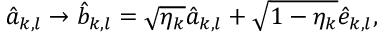
\hat { a } _ { k , l } \rightarrow \hat { b } _ { k , l } = \sqrt { \eta _ { k } } \hat { a } _ { k , l } + \sqrt { 1 - \eta _ { k } } \hat { e } _ { k , l } ,